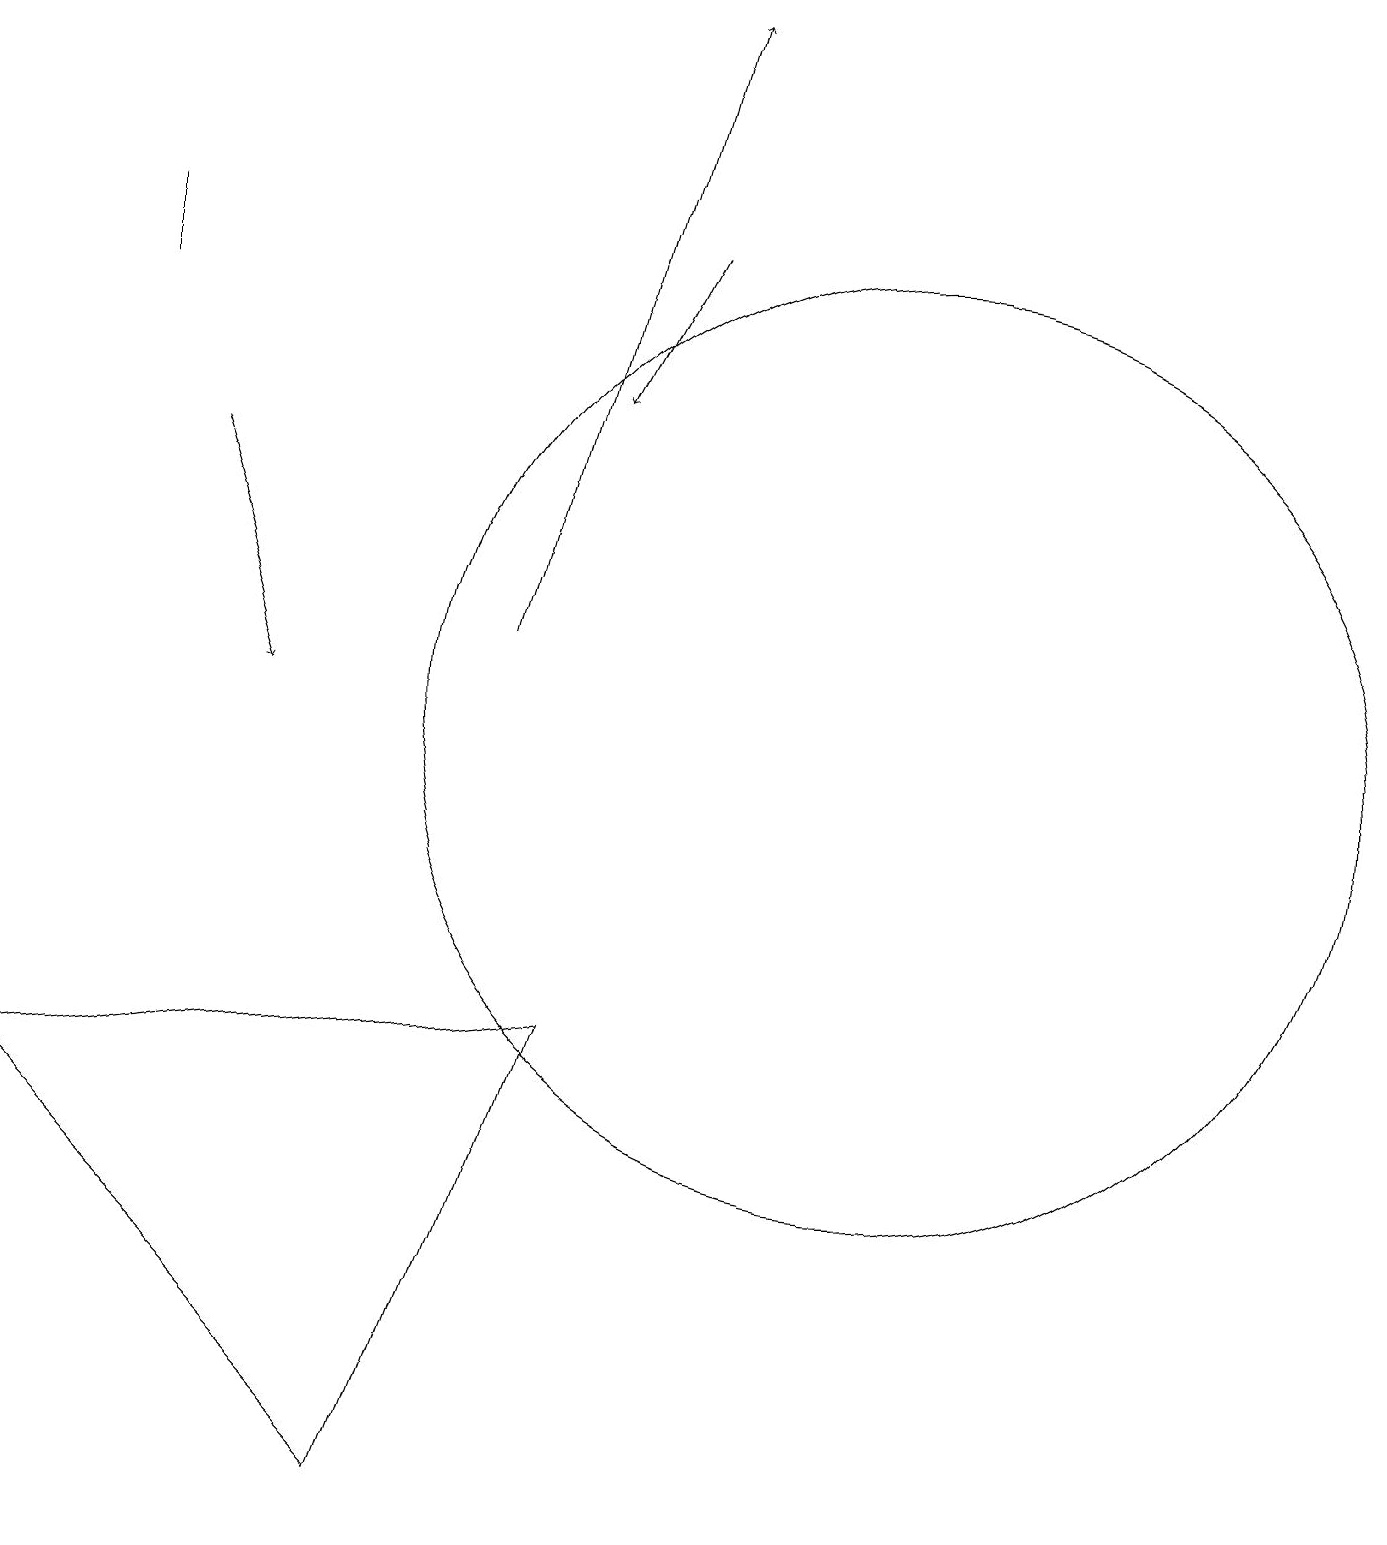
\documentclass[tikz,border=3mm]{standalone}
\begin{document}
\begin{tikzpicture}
\draw[->] (2,13) -- (3,10);
\draw (5,0) -- (0,5) -- (7,6) -- cycle;
\draw (1,16) rectangle (1,15);
\draw[->] (8,16) -- (7,14);
\draw (11,11) circle (0);
\draw[->] (6,11) -- (8,19);
\draw (11,10) circle (6);
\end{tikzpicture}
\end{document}